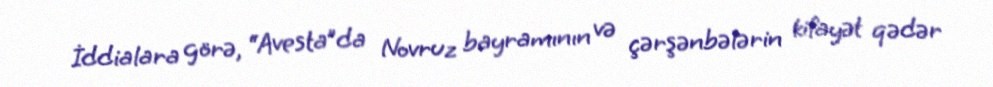
İddialara görə, “Avesta”da Novruz bayramının və çərşənbələrin kifayət qədər